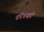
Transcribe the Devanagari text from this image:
परिचयही